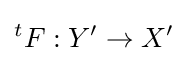
{}^{t}F:Y^{\prime }\to X^{\prime }